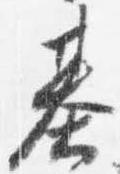
基